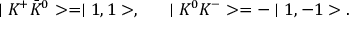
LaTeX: \mid K ^ { + } \bar { K } ^ { 0 } > = \mid 1 , 1 > , ~ ~ ~ ~ \mid K ^ { 0 } K ^ { - } > = - \mid 1 , - 1 > .